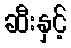
ဆီးနှင့်